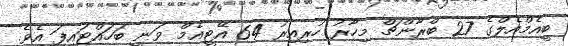
ބީއެމްއެލްގެ 27 ބްރާންޗް މިހާރު ހުރިއިރު 64 އޭޓީއެމް ވަނީ ބަހައްޓައިފަ އެވެ.